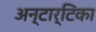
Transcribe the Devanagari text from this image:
अन्टार्टिका